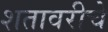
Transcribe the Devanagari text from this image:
शतावरीचे